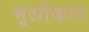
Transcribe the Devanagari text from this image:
भूलोकात